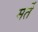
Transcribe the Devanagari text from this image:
मर्ते